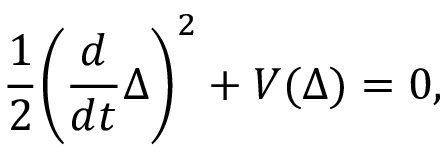
\frac { 1 } { 2 } \bigg ( \frac { d } { d t } \Delta \bigg ) ^ { 2 } + V ( \Delta ) = 0 ,